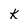
Character: K